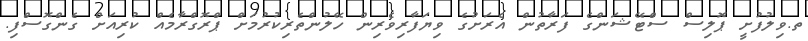
ތ.ވިލުފުށީ ޕޮލިސް ސްޓޭޝަންގެ ފަރާތުން އެރަށުގެ ވިޔަފާރިވެރިން ހޭލުންތެރިކުރުމަށް ޕްރޮގްރާމެއް ކުރިއަށް ގެންގޮސްފި.